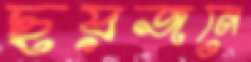
ছয়জনে